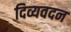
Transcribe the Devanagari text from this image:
दिव्यवदन